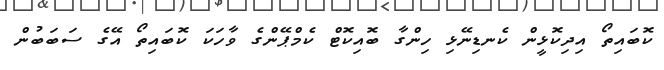
ކޮބައިތޯ އިދިކޮޅީން ކެނޑިނޭޅި ހިންގާ ބޮއިކޮޓް ކެމްޕޭންގެ ވާހަކަ ކޮބައިތޯ އޭގެ ސަބަބުން